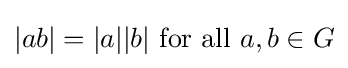
|ab|=|a||b|{\mbox{ for all }}a,b\in G